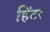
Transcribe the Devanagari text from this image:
हिंटर